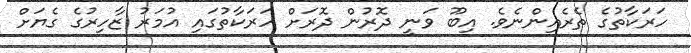
ހަރަކާތުގެ ތެރެއިންނެވެ. އިބޫ ވަނީ ދޮރުން ދޮރަށް ހަރަކާތުގައި އުމަރު ޒާހިރުގެ ގެޔަށް